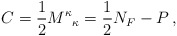
\begin{align*}C = \frac{1}{2} {M^{\kappa}}_{\kappa} = \frac{1}{2} N_F - P \,,\end{align*}